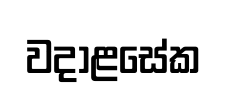
වදාළසේක